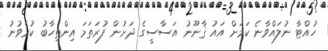
ހުއްޓާ ނުލައްވާނެ ކަމަށް އައު ޤާނޫނު އަސާސީގެ ދަށުން ފުރަތަމަ އިންތިހާބު ކުރެވުނު